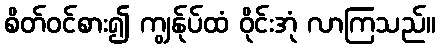
စိတ်ဝင်စား၍ ကျွန်ုပ်ထံ ဝိုင်းအုံ လာကြသည်။